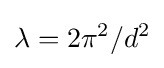
\lambda =2\pi ^{2}/d^{2}